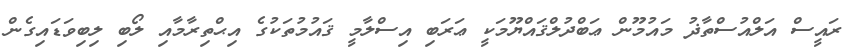
ރައީސް އަލްއުސްތާޛު މައުމޫން ޢަބްދުލްޤައްޔޫމަކީ ޢަރަބި އިސްލާމީ ޤައުމުތަކުގެ އިޙްތިރާމާއި ލޯބި ލިބިވަޑައިގެން